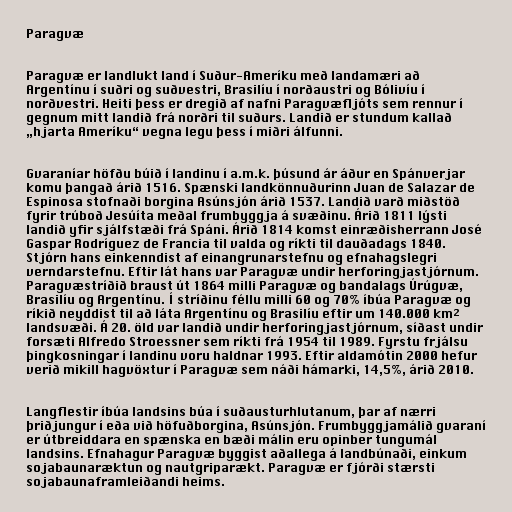
Paragvæ

Paragvæ er landlukt land í Suður-Ameríku með landamæri að
Argentínu í suðri og suðvestri, Brasilíu í norðaustri og Bólivíu í
norðvestri. Heiti þess er dregið af nafni Paragvæfljóts sem rennur í
gegnum mitt landið frá norðri til suðurs. Landið er stundum kallað
„hjarta Ameríku“ vegna legu þess í miðri álfunni.

Gvaraníar höfðu búið í landinu í a.m.k. þúsund ár áður en Spánverjar
komu þangað árið 1516. Spænski landkönnuðurinn Juan de Salazar de
Espinosa stofnaði borgina Asúnsjón árið 1537. Landið varð miðstöð
fyrir trúboð Jesúíta meðal frumbyggja á svæðinu. Árið 1811 lýsti
landið yfir sjálfstæði frá Spáni. Árið 1814 komst einræðisherrann José
Gaspar Rodríguez de Francia til valda og ríkti til dauðadags 1840.
Stjórn hans einkenndist af einangrunarstefnu og efnahagslegri
verndarstefnu. Eftir lát hans var Paragvæ undir herforingjastjórnum.
Paragvæstríðið braust út 1864 milli Paragvæ og bandalags Úrúgvæ,
Brasilíu og Argentínu. Í stríðinu féllu milli 60 og 70% íbúa Paragvæ og
ríkið neyddist til að láta Argentínu og Brasilíu eftir um 140.000 km²
landsvæði. Á 20. öld var landið undir herforingjastjórnum, síðast undir
forsæti Alfredo Stroessner sem ríkti frá 1954 til 1989. Fyrstu frjálsu
þingkosningar í landinu voru haldnar 1993. Eftir aldamótin 2000 hefur
verið mikill hagvöxtur í Paragvæ sem náði hámarki, 14,5%, árið 2010.

Langflestir íbúa landsins búa í suðausturhlutanum, þar af nærri
þriðjungur í eða við höfuðborgina, Asúnsjón. Frumbyggjamálið gvaraní
er útbreiddara en spænska en bæði málin eru opinber tungumál
landsins. Efnahagur Paragvæ byggist aðallega á landbúnaði, einkum
sojabaunaræktun og nautgriparækt. Paragvæ er fjórði stærsti
sojabaunaframleiðandi heims.